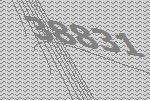
38831